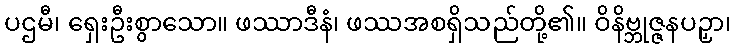
ပဌမီ၊ ရှေးဦးစွာသော။ ဖဿာဒီနံ၊ ဖဿအစရှိသည်တို့၏။ ဝိနိဗ္ဘုဇ္ဇနပဉှာ၊